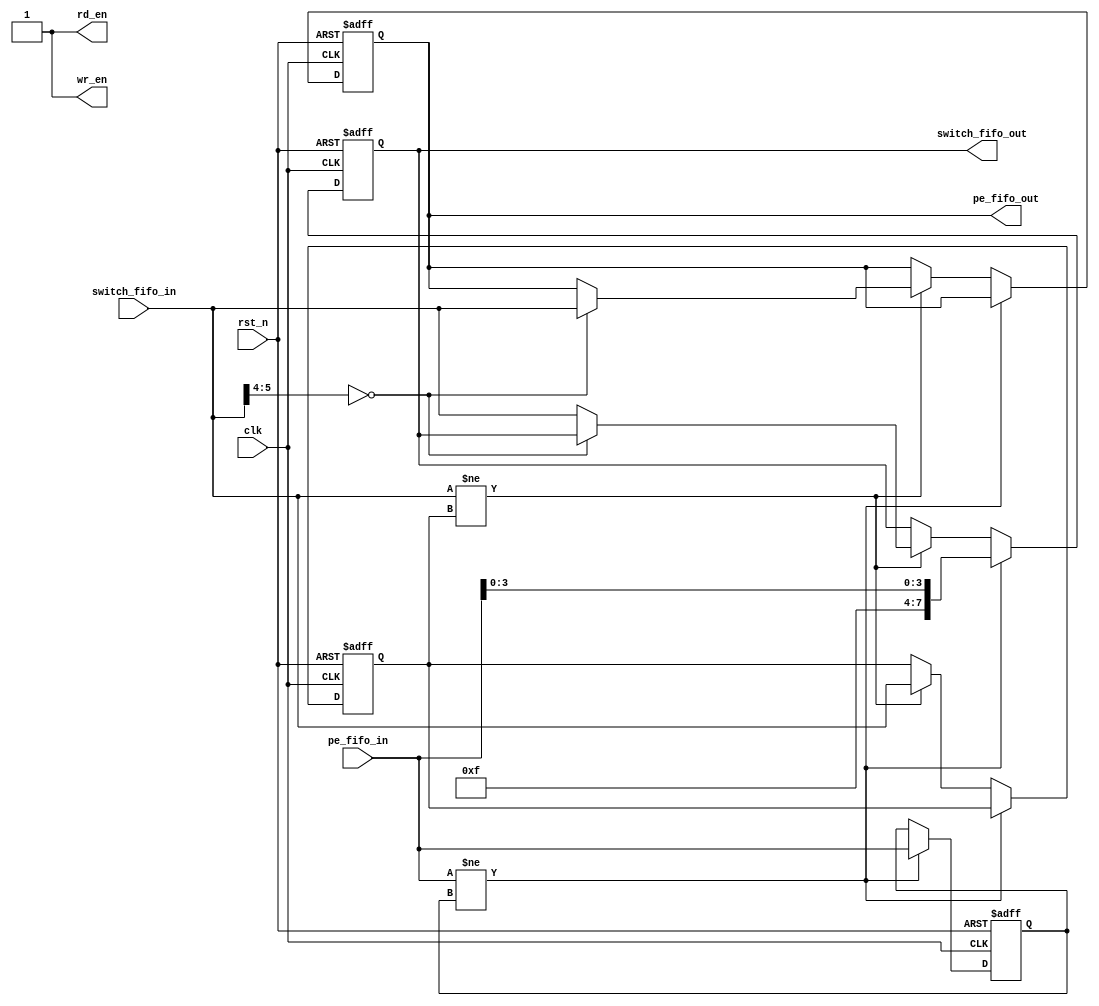



module switch 
#(parameter rank = 0)
(
    input wire clk, rst_n,
    input [7:0] switch_fifo_in, 
    output reg [7:0] switch_fifo_out,
    input [7:0] pe_fifo_in,
    output reg [7:0] pe_fifo_out,
    output wire rd_en,
    output wire wr_en
);

reg [7:0] prev_switch_fifo_in;
reg [7:0] prev_pe_fifo_in;

wire pe_rd, fifo_rd;
assign pe_rd = pe_fifo_in != prev_pe_fifo_in;
assign fifo_rd = switch_fifo_in != prev_switch_fifo_in;

always @(posedge clk or negedge rst_n) begin
    if (!rst_n) begin
        switch_fifo_out <= 8'b00000000;
        pe_fifo_out <= 8'b00000000;
        prev_pe_fifo_in <= 8'b00000000;
        prev_switch_fifo_in <= 8'b00000001;

    end else begin
        if (pe_rd) begin
            prev_pe_fifo_in <= pe_fifo_in;
            switch_fifo_out <= {4'b1111, pe_fifo_in[3:0]};
            
        end else if (fifo_rd) begin
            prev_switch_fifo_in <= switch_fifo_in;
            if (switch_fifo_in[5:4] == rank) begin
                pe_fifo_out <= switch_fifo_in;
            end else begin
                switch_fifo_out <= switch_fifo_in;
            end
        end 
    end
end

assign rd_en = 1'b1;
assign wr_en = 1'b1;

endmodule